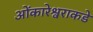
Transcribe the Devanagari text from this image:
ओंकारेश्वराकडे